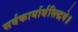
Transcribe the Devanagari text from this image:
सर्वकार्यार्थसिद्धये॥